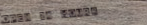
Open 24 Hours